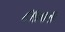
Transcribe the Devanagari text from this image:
८७०१